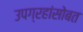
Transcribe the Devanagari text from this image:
उपग्रहांसोबत